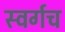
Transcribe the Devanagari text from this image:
स्वर्गच